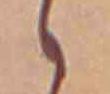
ゝ